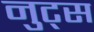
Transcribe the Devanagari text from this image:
नुट्स